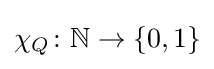
\chi _{Q}\colon {\mathbb {N} }\to \{0,1\}